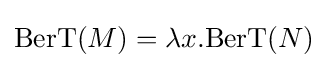
\mathrm {BerT} (M)=\lambda x.\mathrm {BerT} (N)